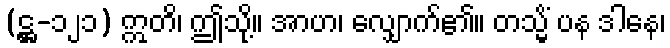
(ဋ္ဌ-၁၂၁) ဣတိ၊ ဤသို့။ အာဟ၊ လျှောက်၏။ တသ္မိံ ပန ဒါနေ၊